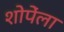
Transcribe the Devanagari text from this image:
शोपेंला